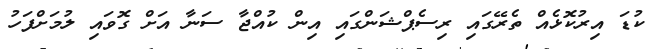
ކުޑަ އިރުކޮޅެއް ތެރޭގައި ރިސެޕްޝަންގައި އިން ކުއްޖާ ސަނާ އަށް ގޮވައި ލުމަށްފަހު